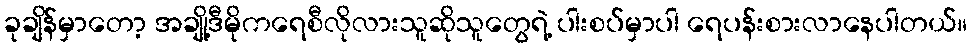
ခုချိန်မှာတော့ အချို့ဒီမိုကရေစီလိုလားသူဆိုသူတွေရဲ့ ပါးစပ်မှာပါ ရေပန်းစားလာနေပါတယ်။